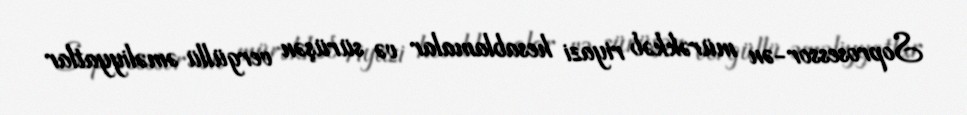
Soprosessor-ən mürəkkəb riyazi hesablamalar və sürüşən vergüllü əməliyyatlar